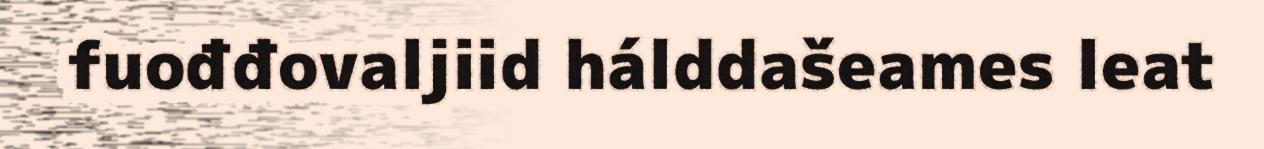
fuođđovaljiid hálddašeames leat